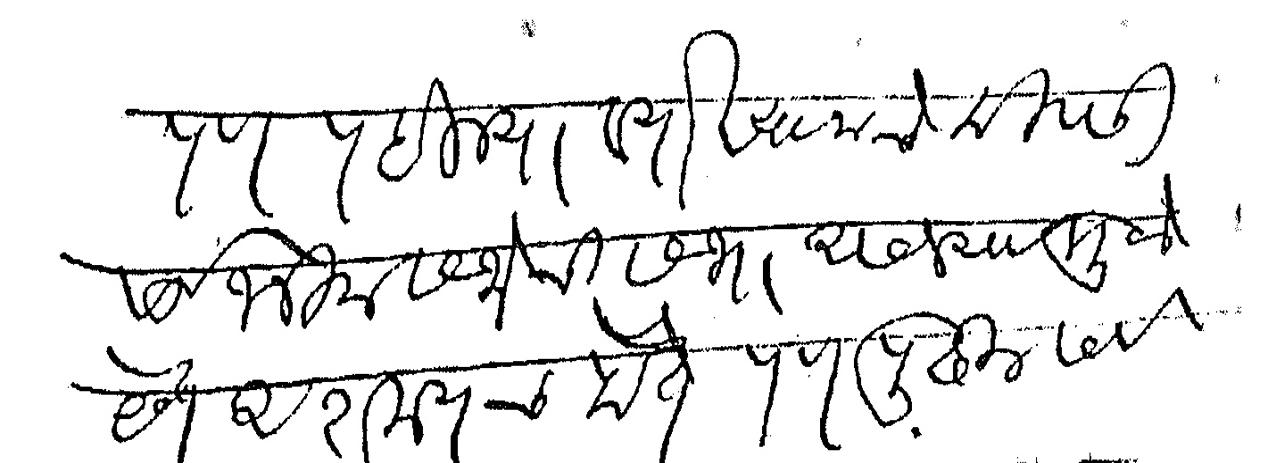
Transliteration (Devanagari): पण पहिल्या व्याख्यानाचे दिवसी सार्वजनिक सभेची सभा असल्यामुळे देणे अशक्यच होते पण पुढील सर्व